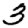
Digit: 3